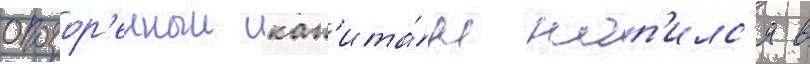
опозор'енныи кап'ита́н нап'илс'я в